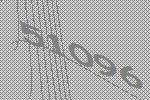
51096